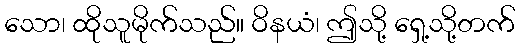
သော၊ ထိုသူမိုက်သည်။ ဝိနယံ၊ ဤသို့ ရှေ့သို့တက်